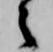
之